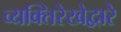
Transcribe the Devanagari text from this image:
व्यक्तिरेखेद्वारे